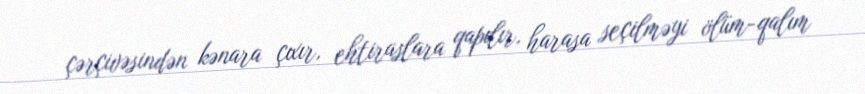
çərçivəsindən kənara çıxır, ehtiraslara qapılır, harasa seçilməyi ölüm-qalım